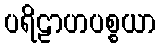
ပရိဠာဟပစ္စယာ